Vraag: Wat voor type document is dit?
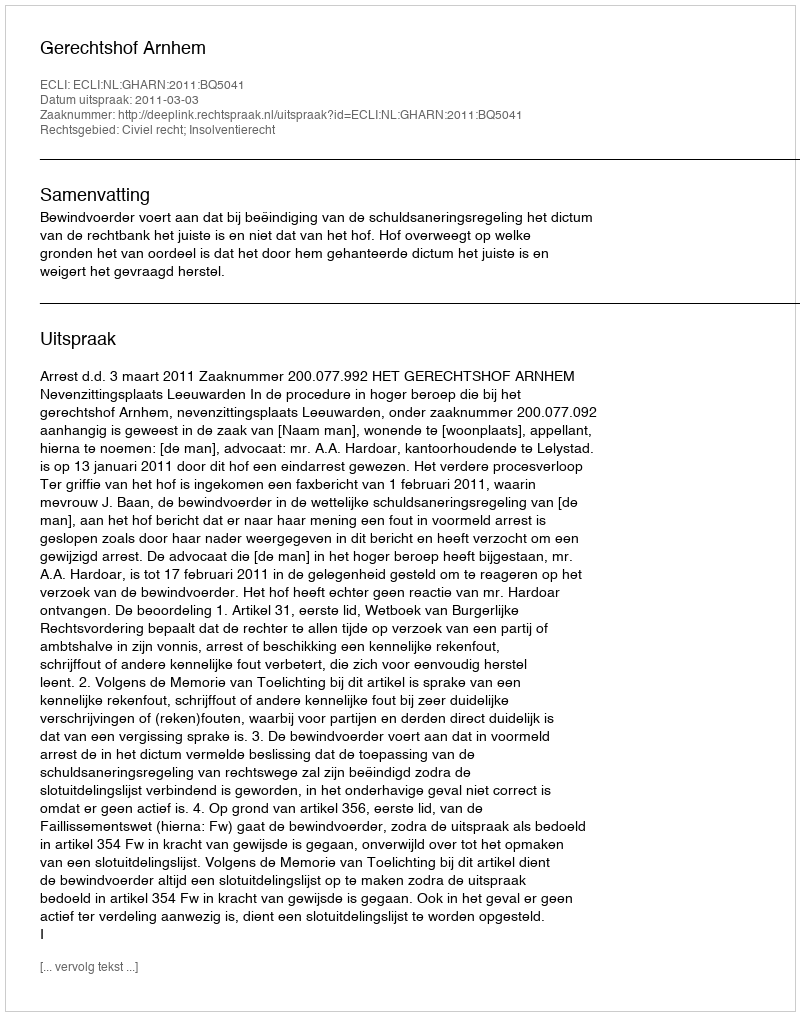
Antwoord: Uitspraak